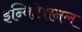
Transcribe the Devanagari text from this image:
इन्विटेशनल